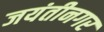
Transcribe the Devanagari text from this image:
जयंतीनगर